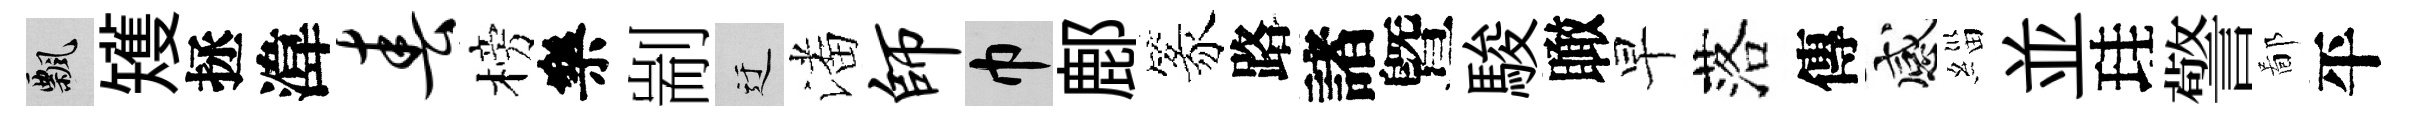
飄矱拯湋春榜樂剬迂潘师巾鄜篆路諸曁駿瞰早落傳感緇並珪警鄙平